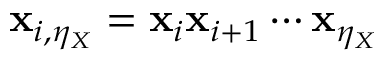
\mathbf { x } _ { i , \eta _ { X } } = \mathbf { x } _ { i } \mathbf { x } _ { i + 1 } \cdots \mathbf { x } _ { \eta _ { X } }